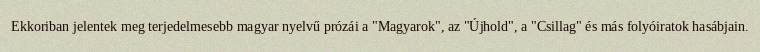
Ekkoriban jelentek meg terjedelmesebb magyar nyelvű prózái a "Magyarok", az "Újhold", a "Csillag" és más folyóiratok hasábjain.